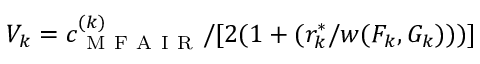
V _ { k } = c _ { \mathrm { ~ M ~ F ~ A ~ I ~ R ~ } } ^ { ( k ) } / [ 2 ( 1 + ( r _ { k } ^ { \ast } / w ( F _ { k } , G _ { k } ) ) ) ]